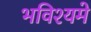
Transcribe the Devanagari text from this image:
भविश्यमे